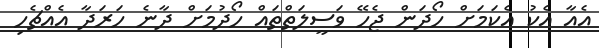
އެއާ އެކު އެކަމަށް ހޯދަން ޖެހޭ ވަސީލަތްތައް ހޯދުމަށް ދާނެ ހަރަދާ އެއްޗެހި